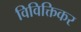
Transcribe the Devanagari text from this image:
विविक्तिकर